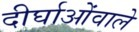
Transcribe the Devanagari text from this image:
दीर्घाओंवाले